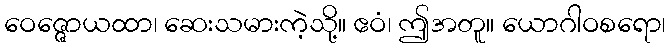
ဝေဇ္ဇောယထာ၊ ဆေးသမားကဲ့သို့။ ဧဝံ၊ ဤအတူ။ ယောဂါဝစရော၊